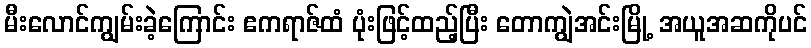
မီးလောင်ကျွမ်းခဲ့ကြောင်း ဧကရာဇ်ထံ ပုံးဖြင့်ထည့်ပြီး တောကျွဲအင်းမြို့ အယူအဆကိုပင်